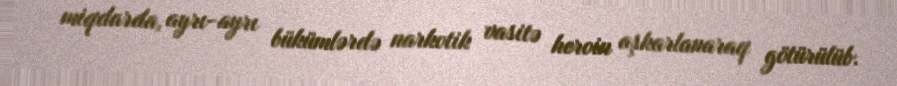
miqdarda, ayrı-ayrı bükümlərdə narkotik vasitə heroin aşkarlanaraq götürülüb.